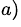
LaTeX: ^{a)}